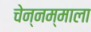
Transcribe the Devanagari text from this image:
चेन्नम्माला